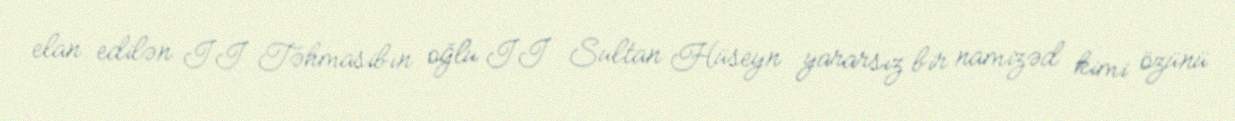
elan edilən II Təhmasibın oğlu II Sultan Hüseyn yararsız bir namizəd kimi özünü